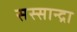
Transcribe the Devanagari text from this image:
सस्सान्द्रा